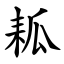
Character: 㼍